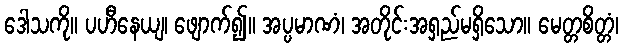
ဒေါသကို။ ပဟီနေယျ၊ ဖျောက်၍။ အပ္ပမာဏံ၊ အတိုင်းအရှည်မရှိသော။ မေတ္တစိတ္တံ၊